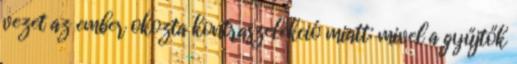
vezet az ember okozta kontraszelekció miatt: mivel a gyűjtők